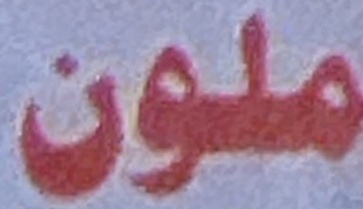
ملون